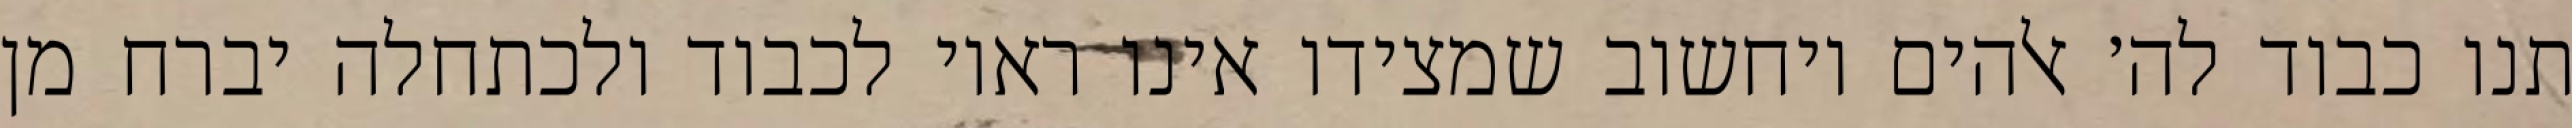
תנו כבוד לה׳ אלהים ויחשוב שמצידו אינו ראוי לכבוד ולכתחלה יברח מן